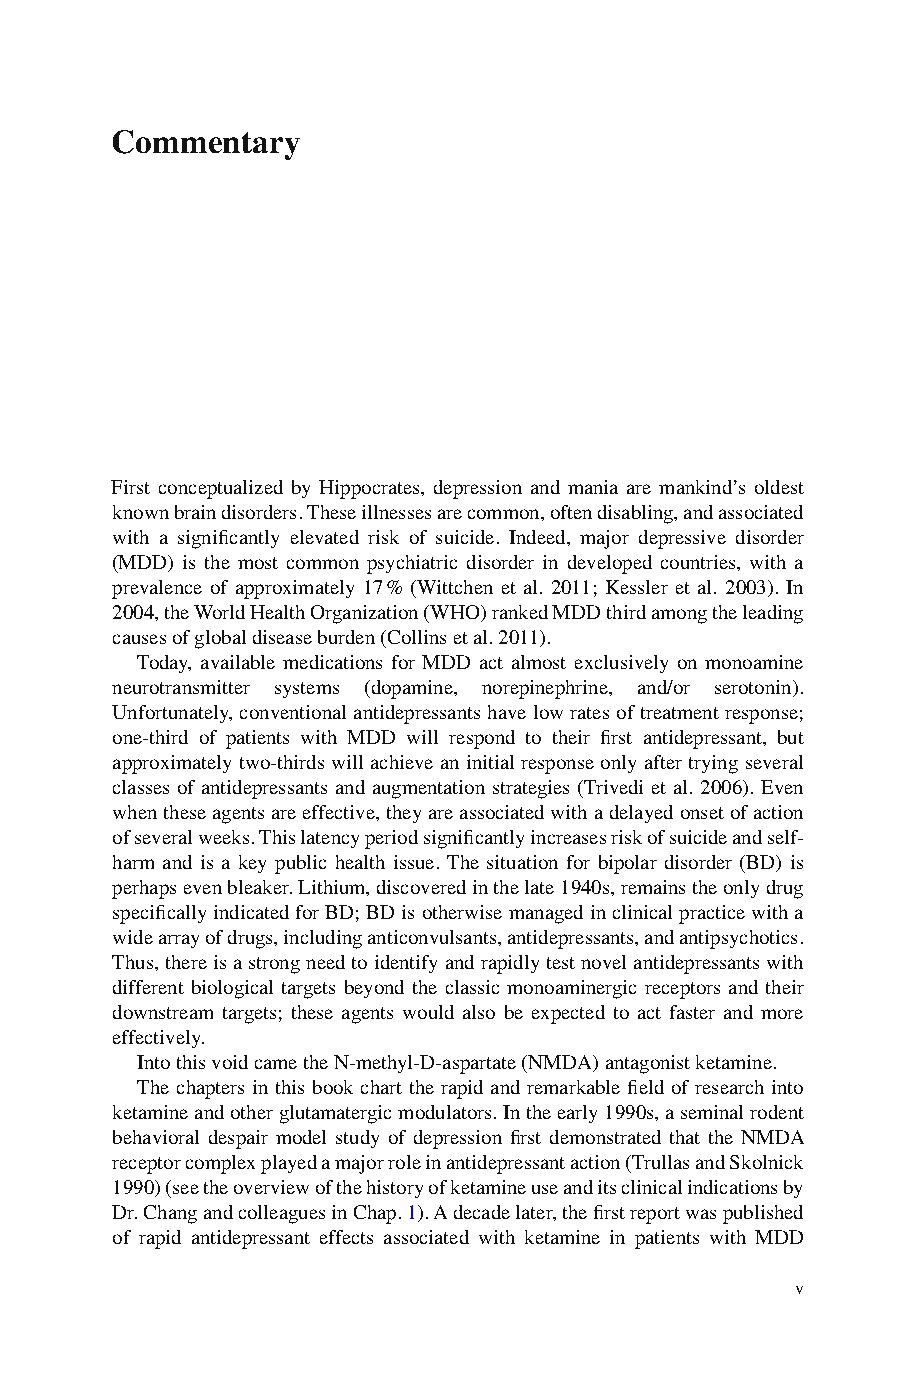
Comme   ntary
 F irst conceptualized by Hippocrates, depression and mania are mankind’s oldest
 known brain disorders. These illnesses are common, often disabling, and associated
 with a signifi cantly elevated risk of suicide. Indeed, major depressive disorder
 (MDD) is the most common psychiatric disorder in developed countries, with a
 prevalence of approximately 17 % (Wittchen et al. 2011; Kessler et al. 2003). In
 2004, the World Health Organization (WHO) ranked MDD third among the leading
 causes of global disease burden (Collins et al. 2011).
 Today, available medications for MDD act almost exclusively on monoamine
 neurotransmitter systems (dopamine, norepinephrine, and/or serotonin).
 Unfortunately, conventional antidepressants have low rates of treatment response;
 one-third of patients with MDD will respond to their fi rst antidepressant, but
 approximately two-thirds will achieve an initial response only after trying several
 classes of antidepressants and augmentation strategies (Trivedi et al. 2006). Even
 when these agents are effective, they are associated with a delayed onset of action
 of several weeks. This latency period signifi cantly increases risk of suicide and self-
 harm and is a key public health issue. The situation for bipolar disorder (BD) is
 perhaps even bleaker. Lithium, discovered in the late 1940s, remains the only drug
 specifi cally indicated for BD; BD is otherwise managed in clinical practice with a
 wide array of drugs, including anticonvulsants, antidepressants, and antipsychotics.
 Thus, there is a strong need to identify and rapidly test novel antidepressants with
 different biological targets beyond the classic monoaminergic receptors and their
 downstream targets; these agents would also be expected to act faster and more
 effectively.
 Into this void came the N-methyl-D-aspartate (NMDA) antagonist ketamine.
 The chapters in this book chart the rapid and remarkable fi eld of research into
 ketamine and other glutamatergic modulators. In the early 1990s, a seminal rodent
 behavioral despair model study of depression fi rst demonstrated that the NMDA
 receptor complex played a major role in antidepressant action (Trullas and Skolnick
 1990) (see the overview of the history of ketamine use and its clinical indications by
 Dr. Chang and colleagues in Chap. 1 ). A decade later, the fi rst report was published
 of rapid antidepressant effects associated with ketamine in patients with MDD
 v